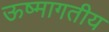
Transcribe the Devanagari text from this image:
ऊष्मागतीय